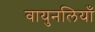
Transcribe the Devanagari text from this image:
वायुनलियाँ